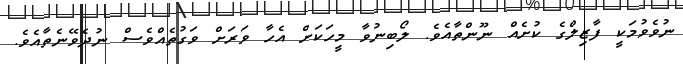
ނުވެވުމަކީ ފާޒިލްގެ ކުށެއް ނޫންތާއެވެ. ލޯބިނުވާ މީހަކަށް އެހާ ވަރަށް ވަގުތެއްވެސް ނުދެވޭނެތާއެވެ.